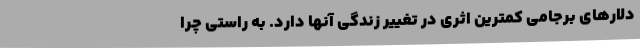
دلارهاي برجامي كمترين اثري در تغيير زندگي آنها دارد. به راستی چرا